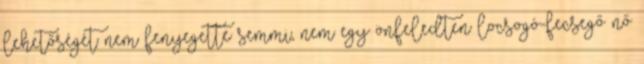
lehetőségét nem fenyegette semmi, nem egy önfeledten locsogó-fecsegő nő